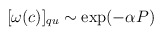
\begin{align*}[\omega(c)]_{qu} \sim \exp (-\alpha P)\end{align*}